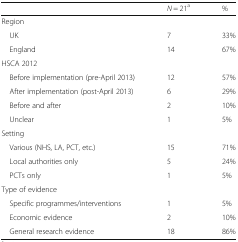
<table><thead><tr><td></td><td><b><i>N</i> = 21<sup>a</sup></b></td><td><b>%</b></td></tr></thead><tbody><tr><td colspan="3">Region</td></tr><tr><td> UK</td><td>7</td><td>33%</td></tr><tr><td> England</td><td>14</td><td>67%</td></tr><tr><td colspan="3">HSCA 2012</td></tr><tr><td> Before implementation (pre-April 2013)</td><td>12</td><td>57%</td></tr><tr><td> After implementation (post-April 2013)</td><td>6</td><td>29%</td></tr><tr><td> Before and after</td><td>2</td><td>10%</td></tr><tr><td> Unclear</td><td>1</td><td>5%</td></tr><tr><td colspan="3">Setting</td></tr><tr><td> Various (NHS, LA, PCT, etc.)</td><td>15</td><td>71%</td></tr><tr><td> Local authorities only</td><td>5</td><td>24%</td></tr><tr><td> PCTs only</td><td>1</td><td>5%</td></tr><tr><td colspan="3">Type of evidence</td></tr><tr><td> Specific programmes/interventions</td><td>1</td><td>5%</td></tr><tr><td> Economic evidence</td><td>2</td><td>10%</td></tr><tr><td> General research evidence</td><td>18</td><td>86%</td></tr></tbody></table>